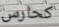
كحارس